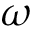
\omega